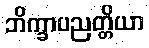
ဘိက္ခာပညတ္တိယာ